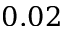
0 . 0 2